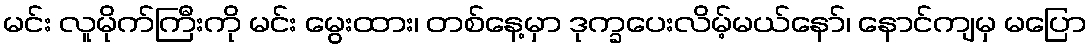
မင်း လူမိုက်ကြီးကို မင်း မွေးထား၊ တစ်နေ့မှာ ဒုက္ခပေးလိမ့်မယ်နော်၊ နောင်ကျမှ မပြော